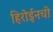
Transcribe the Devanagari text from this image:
हिरोईनची